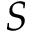
S